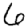
Digit: 6